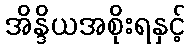
အိန္ဒိယအစိုးရနှင့်